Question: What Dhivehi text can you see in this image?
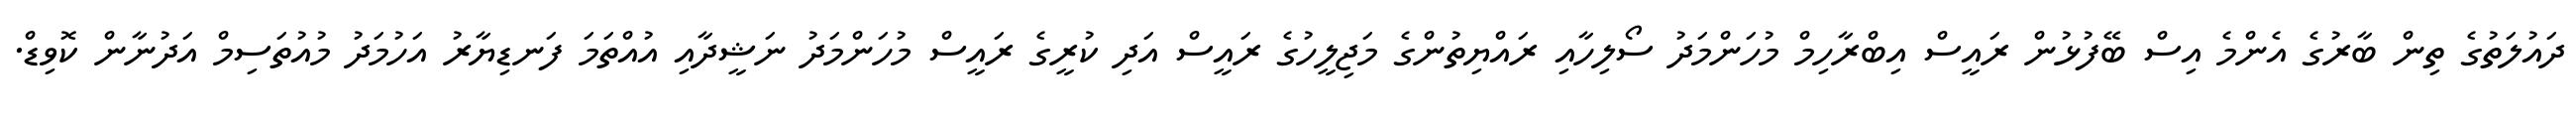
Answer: ދައުލަތުގެ ތިން ބާރުގެ އެންމެ އިސް ބޭފުޅުން ރައީސް އިބްރާހިމް މުހަންމަދު ސޯލިހާއި ރައްޔިތުންގެ މަޖިލީހުގެ ރައީސް އަދި ކުރީގެ ރައީސް މުހަންމަދު ނަޝީދާއި އުއްތަމަ ފަނޑިޔާރު އަހުމަދު މުއުތަސިމް އަދުނާން ކޮވިޑް.